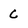
Character: C